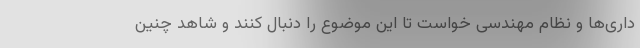
داری‌ها و نظام مهندسی خواست تا این موضوع را دنبال کنند و شاهد چنین